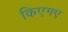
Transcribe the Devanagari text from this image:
किएगए